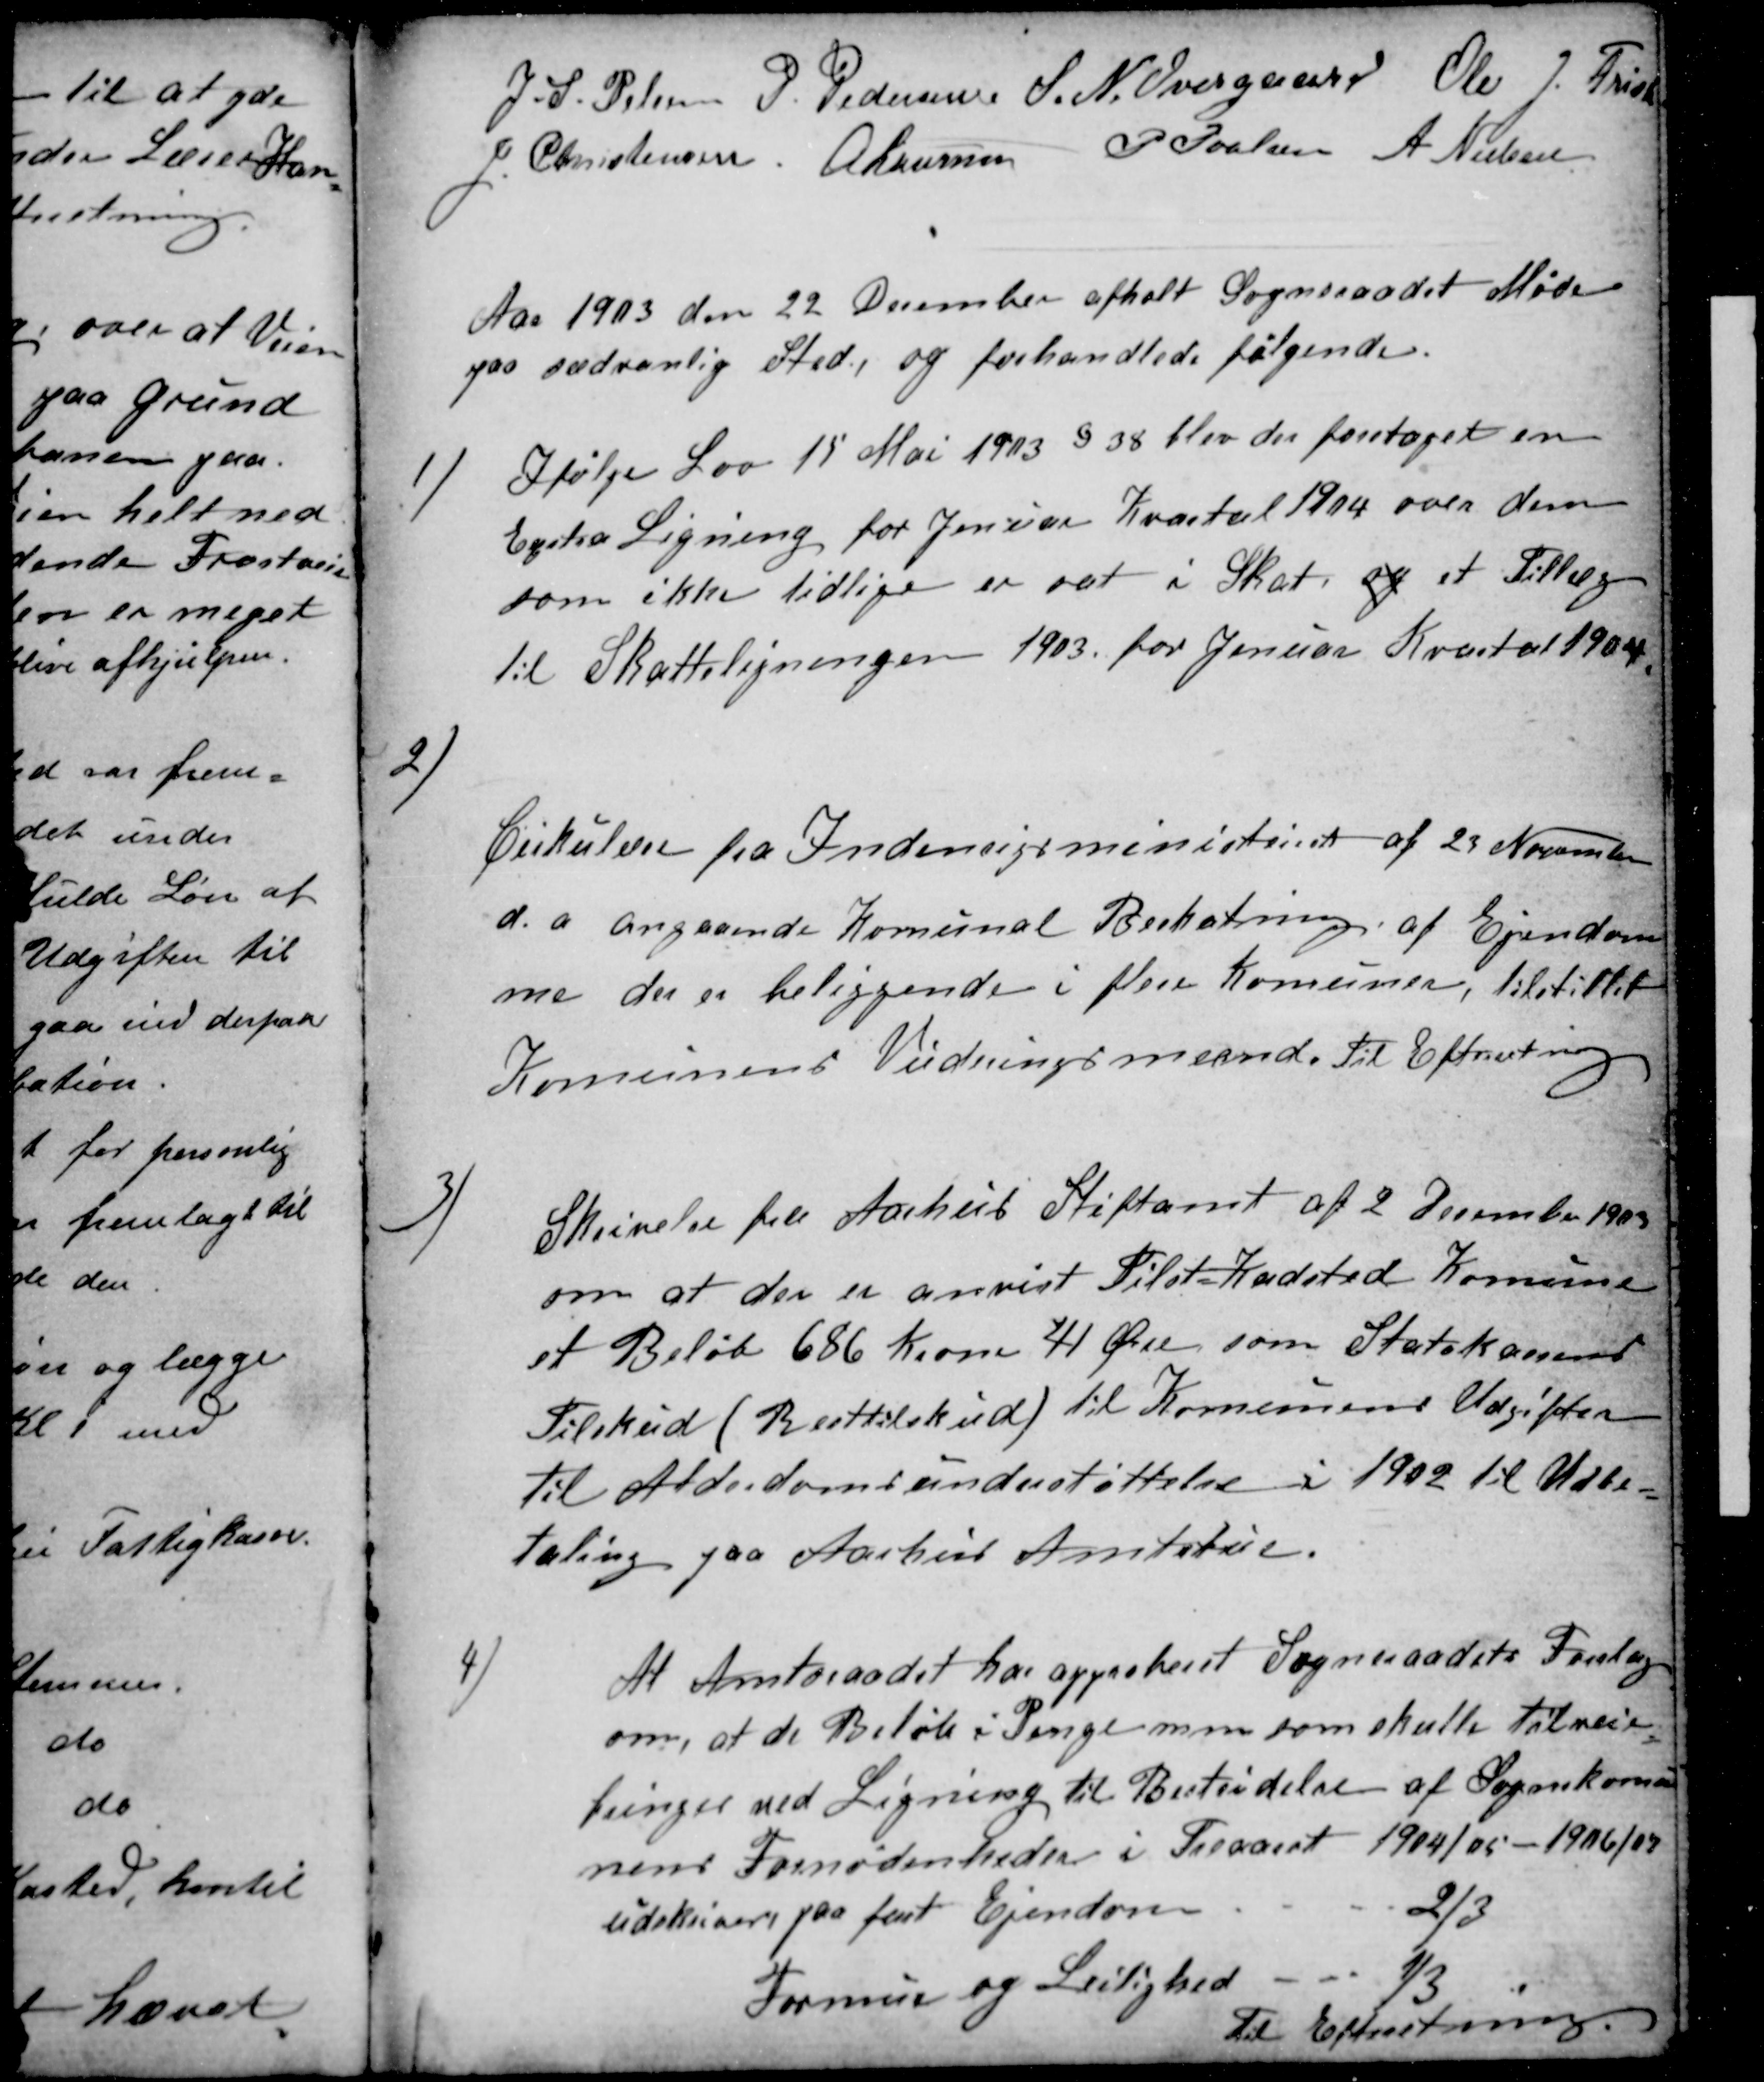
Transskription:
J. S. Pelsen P. Pedersen S. N. Overgaard Ole J. Frisk
J. Christensen A Laursen P Poulsen A Nielsen
Aar 1903 den 22 December afholt Sogneraadet Møde
paa sædvanlig Sted, og forhandlede følgende.
1)
Ifølge Lov 15 Mai 1913 § 38 blev der foretaget en
Exstra Ligning for Januar Kvartal 1904 over dem
som ikke tidlige er sat i Skat og et Tillæg
til Skatteligningen 1903. for Januar Kvartal 1904.
2)
Cirkulære fra Indenrigsministeriet af 23 November
d.a angaaende Komunal Beskatning af Ejendom
me der er beliggende i flere Komuner, tilstillet
Komunens Vurderingsmænd. Til Efterretning
3)
Skrivelse fra Aarhus Stiftamt af 2 December 1903
om at der er anvist Tilst-Kadsted Komune
et Beløb 686 Krone 41 Øre som Statskassens
Tilskud (Resttilskud) til Komunens Udgifter
til Alderdomsunderstøttelse i 1902 til Udbe-
taling paa Aarhus Amtstue.
4)
At Amtsraadet har approberet Sogneraadets Forslag
om, at de Beløb i Penge mm som skulle tilveie
bringes ved Ligning til Bestridelse af Sognekomu-
nens Fornødenheder i Treaaret 1904/05 - 1906/07
udskrives paa fast Ejendom
2/3
Formue og Leilighed
1/3
Til Efterretning.